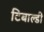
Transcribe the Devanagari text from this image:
टिबाल्डी